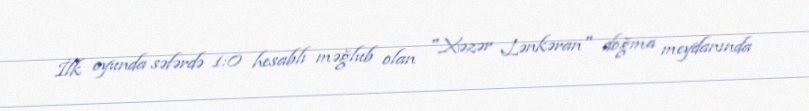
İlk oyunda səfərdə 1:0 hesablı məğlub olan "Xəzər Lənkəran" doğma meydanında